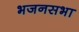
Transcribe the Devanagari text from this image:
भजनसभा